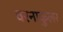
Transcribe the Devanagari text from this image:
वरनाकुलर